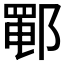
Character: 𰻵